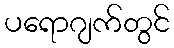
ပရောဂျက်တွင်